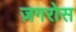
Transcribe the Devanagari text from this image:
ज़गरोस